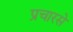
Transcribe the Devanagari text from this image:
प्रचारसे